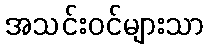
အသင်းဝင်များသာ